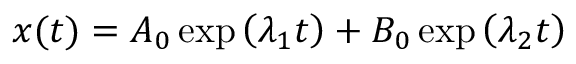
x ( t ) = A _ { 0 } \exp \left( \lambda _ { 1 } t \right) + B _ { 0 } \exp \left( \lambda _ { 2 } t \right)